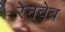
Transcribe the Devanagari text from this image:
रेनवेब